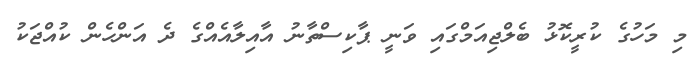
މި މަހުގެ ކުރީކޮޅު ބެލްޖިއަމްގައި ވަނީ ޕާކިސްތާނު އާއިލާއެއްގެ ދެ އަންހެން ކުއްޖަކު